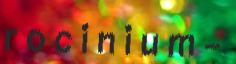
r o c i n i u m -